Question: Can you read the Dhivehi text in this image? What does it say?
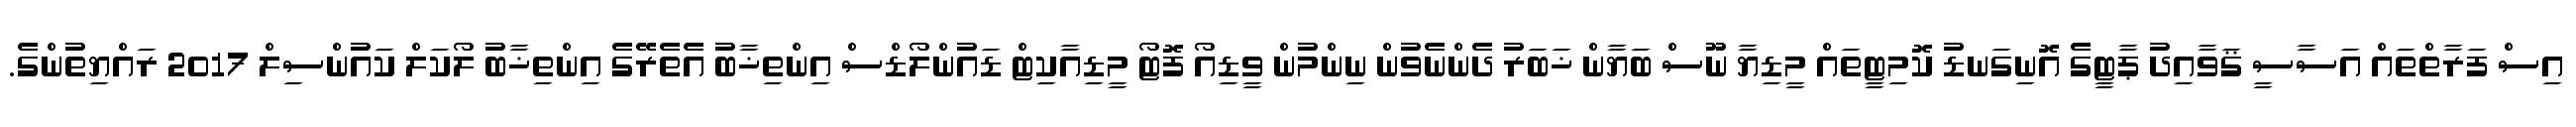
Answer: އިސް ފަރާތްތައް އަސާސީ ޤަވާއިދު ޕާޓީގެ އޮނިގަނޑު ކޮމިޓީތައް މީޑިޔާ ނޫސް ބަޔާން ޚަބަރު ދެންނެވުން ނިންމުން ވީޑިއޯ ފޮޓޯ މީޑިއާކިޓް ޑައުންލޯޑްސް އިންތިޚާބު އެތެރޭގެ އިންތިޚާބު ލޯކަލް ކައުންސިލް 2017 ރައްޔިތުންގެ.